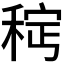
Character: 𫀵